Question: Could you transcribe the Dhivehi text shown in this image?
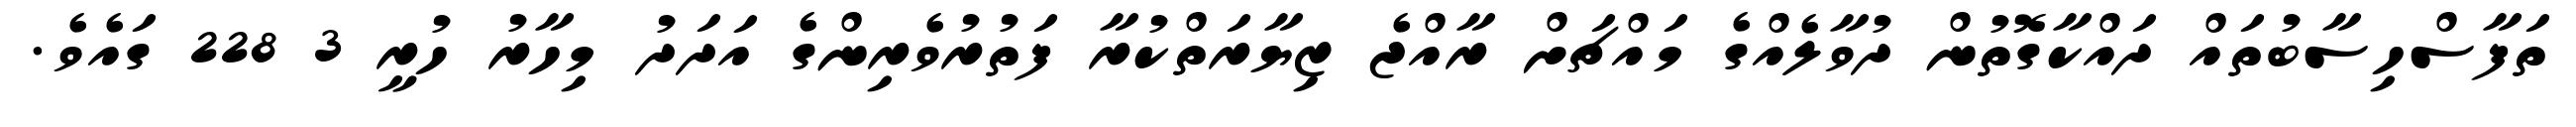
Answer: ތަފާސްހިސާބުތައް ދައްކާގޮތުން ދުވާލެއްގެ މައްޗަށް ރާއްޖެ ޒިޔާރަތްކުރާ ފަތުރުވެރިންގެ އަދަދު މިހާރު ހުރީ 3 228 ގައެވެ.